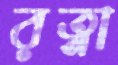
রত্না